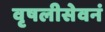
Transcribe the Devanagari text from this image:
वृषलीसेवनं